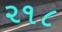
૨૧૮